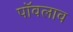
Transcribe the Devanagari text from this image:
पॉवलाव